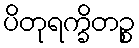
ပိတုရက္ခိတဉ္စ